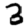
Digit: 3